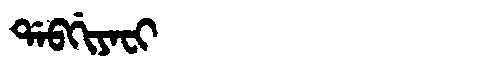
Manchu: ᡩᠠᠪᡤᡳᠶᠠᠸᡳ
Romanization: DABGIYAFI